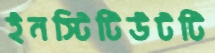
ইনস্টিটিউটটি